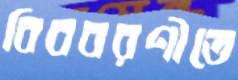
বিববরণীতে